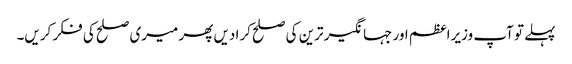
پہلے تو آپ وزیراعظم اور جہانگیر ترین کی صلح کرا دیں پھر میری صلح کی فکر کریں۔